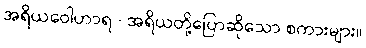
အရိယဝေါဟာရ - အရိယတို့ပြောဆိုသော စကားများ။